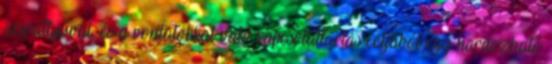
szivattyúval, és a vontatókkal való kapcsolattartás céljából egy hordozható